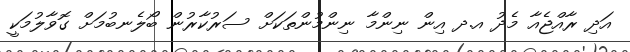
އަދި ރާއްޖެއާ މެދު އ.ދ އިން ނިންމާ ނިންމުންތަކަށް ސަރުކާރުން ބޯލެނބުމަށް ގޮވާލުމަކީ